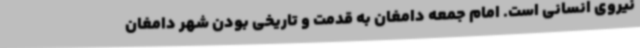
نیروی انسانی است. امام جمعه دامغان به قدمت و تاریخی بودن شهر دامغان